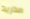
مدريد